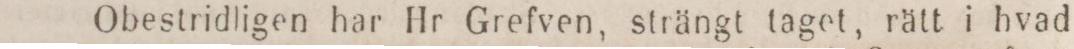
Obestridligen har Hr Grefven, strängt taget, rätt i hvad